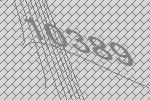
10389